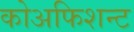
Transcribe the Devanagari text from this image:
कोअफिशन्ट